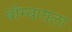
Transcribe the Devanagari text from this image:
बॉम्बायला